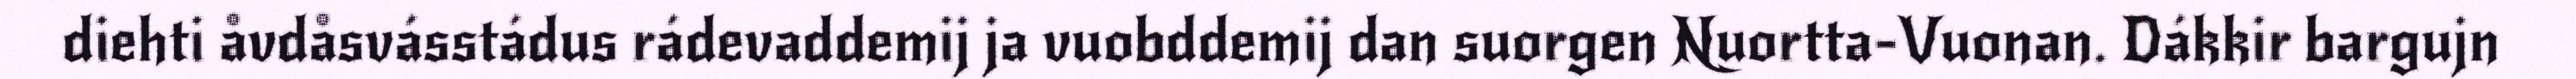
diehti åvdåsvásstádus rádevaddemij ja vuobddemij dan suorgen Nuortta-Vuonan. Dákkir bargujn